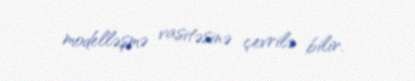
modelləşmə vasitəsinə çevrilə bilir.